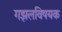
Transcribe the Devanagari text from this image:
गझलविषयक